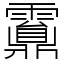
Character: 䨶